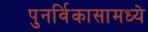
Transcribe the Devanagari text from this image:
पुनर्विकासामध्ये